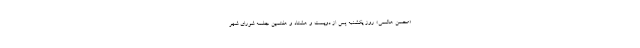
«محسن هاشمی» روز یکشنبه پس از دویست و هشتاد و هفتمین جلسه شورای شهر